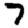
Digit: 7